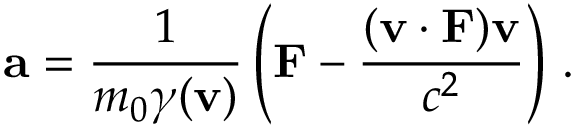
\mathbf { a } = { \frac { 1 } { m _ { 0 } \gamma ( \mathbf { v } ) } } \left( \mathbf { F } - { \frac { ( \mathbf { v } \cdot \mathbf { F } ) \mathbf { v } } { c ^ { 2 } } } \right) \, .